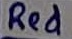
Text: Red